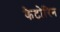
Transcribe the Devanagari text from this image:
कैटोरिन